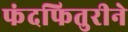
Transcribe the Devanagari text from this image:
फंदफितुरीने